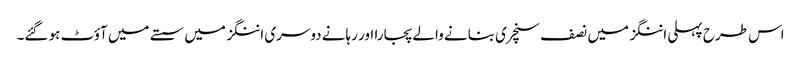
اس طرح پہلی اننگز میں نصف سنچری بنانے والے پجارا اور رہانے دوسری اننگز میں سستے میں آؤٹ ہو گئے۔